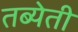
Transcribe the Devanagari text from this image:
तब्येती